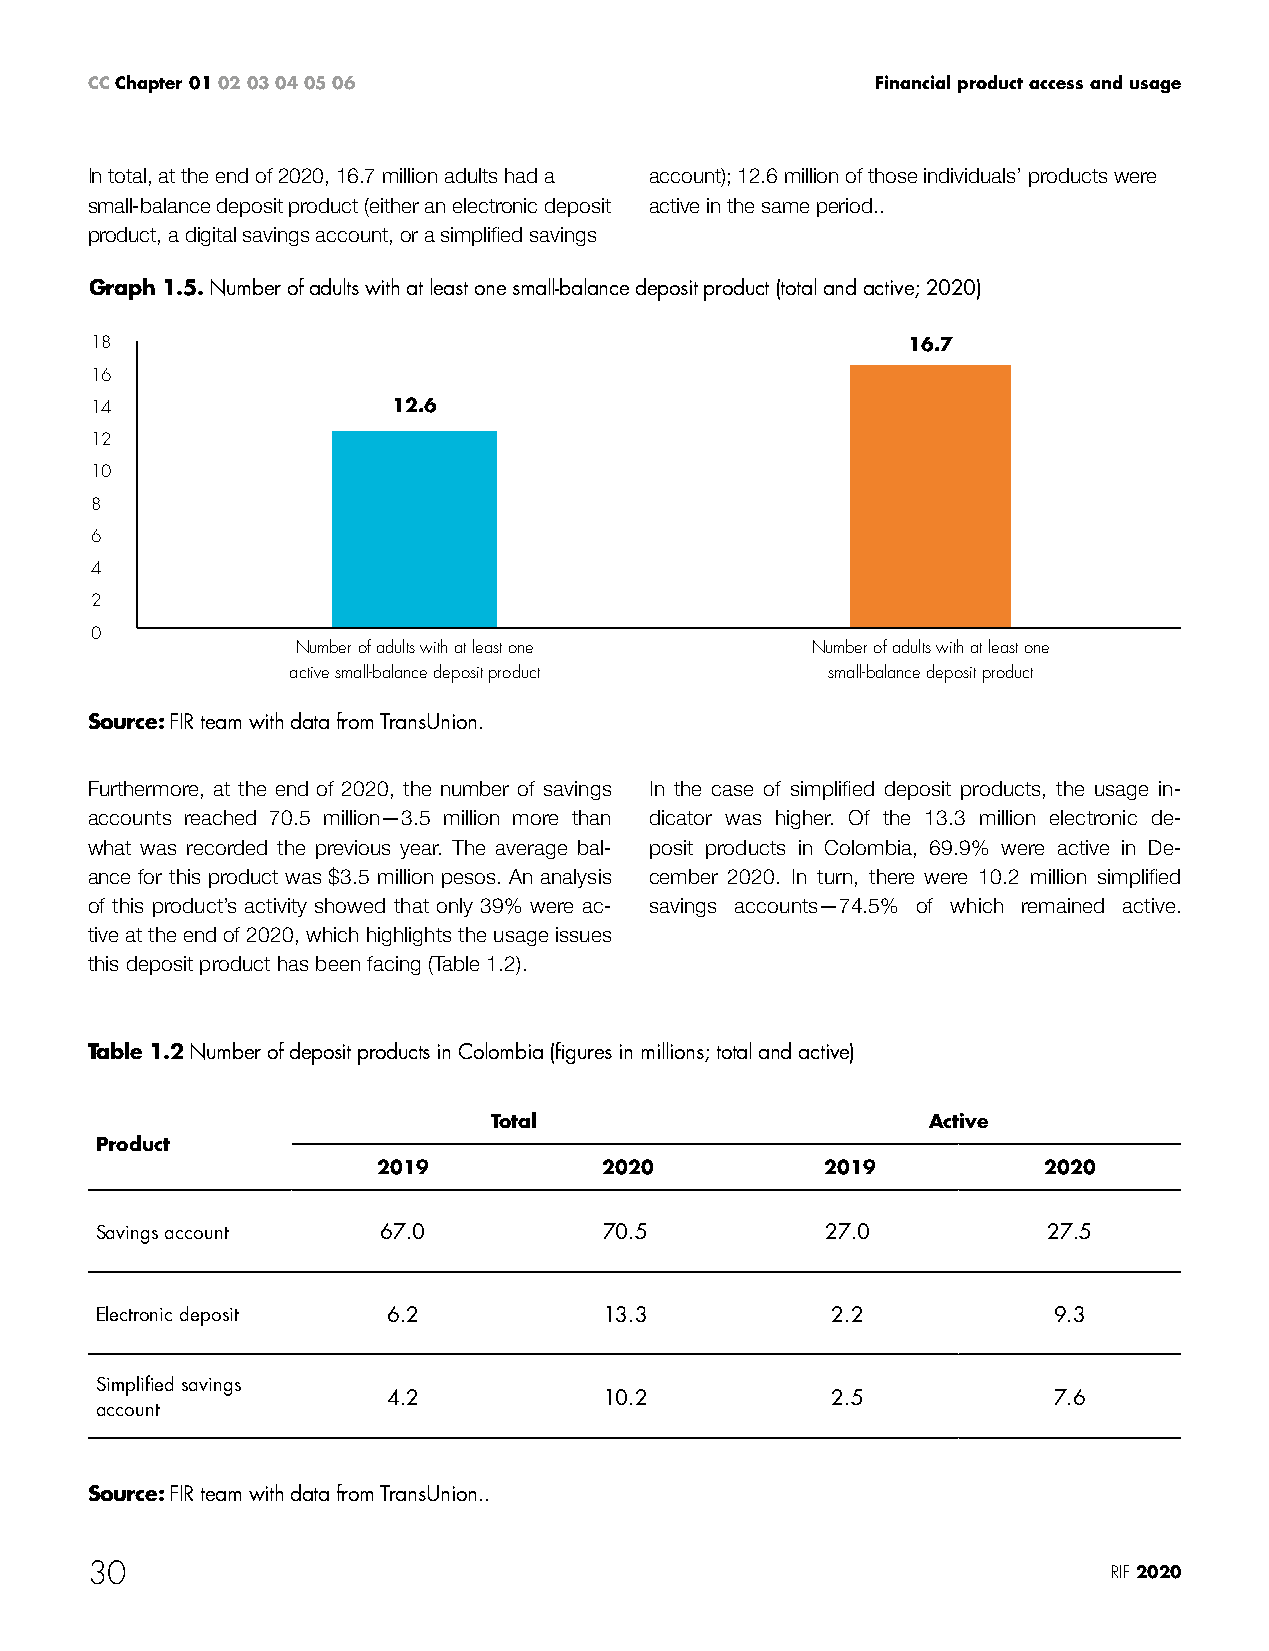
CC Chapter 01 02 03 04 05 06                        Financial product access and usage
 In total, at the end of 2020, 16.7 million adults had a account); 12.6 million of those individuals’ products were
 small-balance deposit product (either an electronic deposit active in the same period..
 product, a digital savings account, or a simplified savings
 Graph 1.5. Number of adults with at least one small-balance deposit product (total and active; 2020)
 18                                                    16.7
 16
 14                  12.6
 12
 10
 8
 6
 4
 2
 0
 Number of adults with at least one Number of adults with at least one
 active small-balance deposit product small-balance deposit product
 Source: FIR team with data from TransUnion.
 Furthermore, at the end of 2020, the number of savings In the case of simplified deposit products, the usage in-
 accounts reached 70.5 million—3.5 million more than dicator was higher. Of the 13.3 million electronic de-
 what was recorded the previous year. The average bal- posit products in Colombia, 69.9% were active in De-
 ance for this product was $3.5 million pesos. An analysis cember 2020. In turn, there were 10.2 million simplified
 of this product’s activity showed that only 39% were ac- savings accounts—74.5% of which remained active.
 tive at the end of 2020, which highlights the usage issues
 this deposit product has been facing (Table 1.2).
 Table 1.2 Number of deposit products in Colombia (figures in millions; total and active)
 Total                        Active
 Product
 2019           2020           2019          2020
 Savings account    67.0           70.5           27.0          27.5
 Electronic deposit  6.2           13.3           2.2            9.3
 Simplified savings
 4.2           10.2           2.5            7.6
 account
 Source: FIR team with data from TransUnion..
 30                                                                  RIF 2020